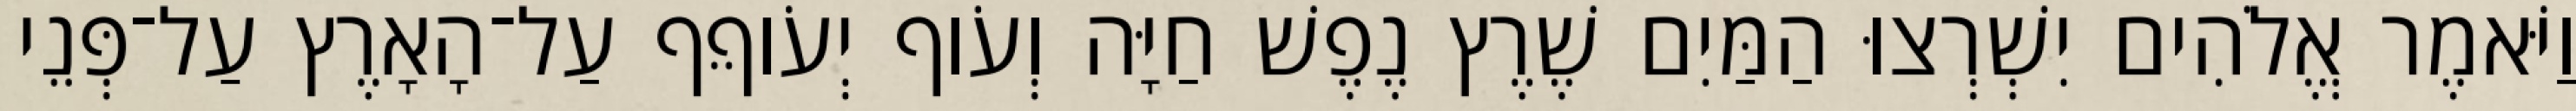
וַיֹּאמֶר אֱלֹהִים יִשְׁרְצוּ הַמַּיִם שֶׁרֶץ נֶפֶשׁ חַיָּה וְעֹוף יְעֹוףֵף עַל־הָאָרֶץ עַל־פְּנֵי